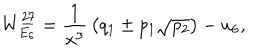
W _ { E _ { 6 } } ^ { \underline { { { 2 7 } } } } = { \frac { 1 } { x ^ { 3 } } } \left( q _ { 1 } \pm p _ { 1 } \sqrt { p _ { 2 } } \right) - u _ { 6 } ,